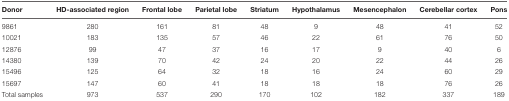
| Donor | HD-associated region | Frontal lobe | Parietal lobe | Striatum | Hypothalamus | Mesencephalon | Cerebellar cortex | Pons |
 | --- | --- | --- | --- | --- | --- | --- | --- | --- |
 | 9861 | 280 | 161 | 81 | 48 | 9 | 48 | 41 | 52 |
 | 10021 | 183 | 135 | 57 | 46 | 22 | 61 | 76 | 50 |
 | 12876 | 99 | 47 | 37 | 16 | 17 | 9 | 40 | 6 |
 | 14380 | 139 | 70 | 42 | 24 | 20 | 22 | 44 | 26 |
 | 15496 | 125 | 64 | 32 | 18 | 16 | 24 | 60 | 29 |
 | 15697 | 147 | 60 | 41 | 18 | 18 | 18 | 76 | 26 |
 | Total samples | 973 | 537 | 290 | 170 | 102 | 182 | 337 | 189 |